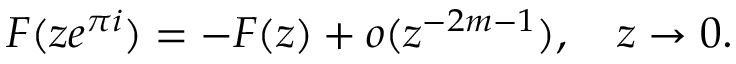
F ( z e ^ { \pi i } ) = - F ( z ) + o ( z ^ { - 2 m - 1 } ) , \quad z \to 0 .